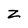
Character: z